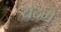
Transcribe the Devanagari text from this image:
यदग्रे